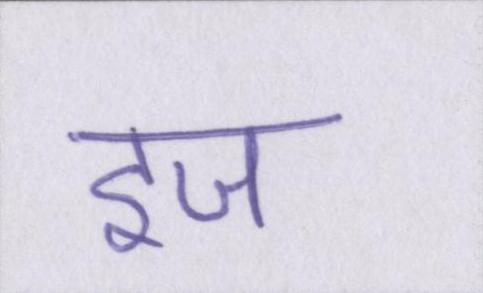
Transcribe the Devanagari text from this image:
इज